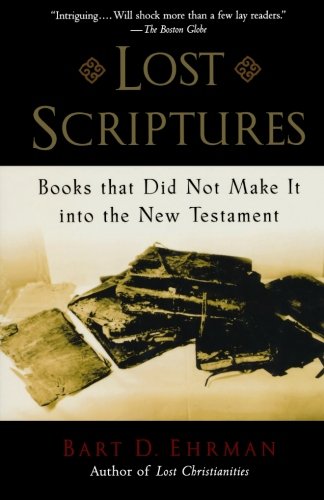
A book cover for Lost Scriptures: Books that Did Not Make It into the New Testament; Bart D. Ehrman; Christian Books & Bibles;